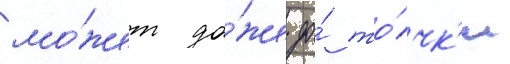
мо́жет да́же до́ то́чк'и